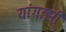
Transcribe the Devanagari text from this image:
यांगत्झी